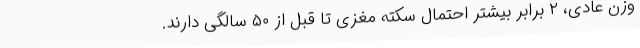
وزن عادی، ۲ برابر بیشتر احتمال سکته مغزی تا قبل از ۵۰ سالگی دارند.